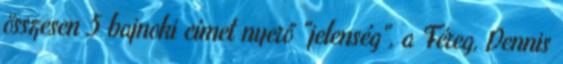
összesen 5 bajnoki címet nyerő "jelenség", a Féreg, Dennis